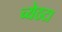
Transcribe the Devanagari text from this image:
च्येठटा